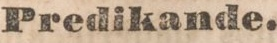
Predikande.